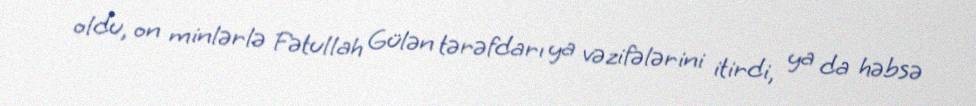
oldu, on minlərlə Fətullah Gülən tərəfdarı ya vəzifələrini itirdi, ya da həbsə